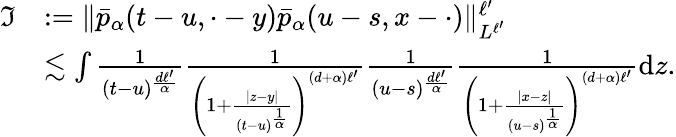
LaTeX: \begin{array}{rl}{\mathfrak{I}}&{:=\Vert\bar{p}_{\alpha}(t-u,\cdot-y)\bar{p}_{\alpha}(u-s,x-\cdot)\Vert_{L^{\ell^{\prime}}}^{\ell^{\prime}}}\\ &{\lesssim\int\frac{1}{(t-u)^{\frac{d\ell^{\prime}}{\alpha}}}\frac{1}{\left(1+\frac{|z-y|}{(t-u)^{\frac{1}{\alpha}}}\right)^{(d+\alpha)\ell^{\prime}}}\frac{1}{(u-s)^{\frac{d\ell^{\prime}}{\alpha}}}\frac{1}{\left(1+\frac{|x-z|}{(u-s)^{\frac{1}{\alpha}}}\right)^{(d+\alpha)\ell^{\prime}}}\mathrm{d}z.}\end{array}